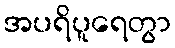
အပရိပူရေတွာ